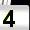
Digit: 4